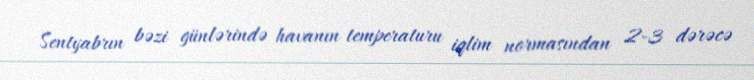
Sentyabrın bəzi günlərində havanın temperaturu iqlim normasından 2-3 dərəcə